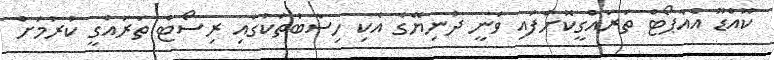
ކޫއްޑޫ އެއާޕޯޓް ތަރައްގީކޮށްފައި ވަނީ ދުނިޔޭގެ އެކި ހިސާބުތަކުގައި ރިސޯޓް ތަރައްގީ ކުރުމަށް